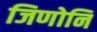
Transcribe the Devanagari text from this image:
जिणोनि